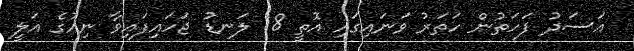
އަސަދު ފަހަތުން ހަތަރު ވަނައިގައި އޮތީ 18 ލަނޑު ޖަހައިފައިވާ ނިއުގެ އަލީ